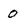
Character: 0